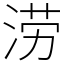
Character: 涝